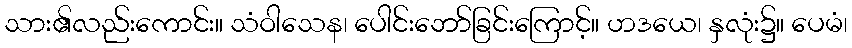
သား၏လည်းကောင်း။ သံဝါသေန၊ ပေါင်းဘော်ခြင်းကြောင့်။ ဟဒယေ၊ နှလုံး၌။ ပေမံ၊